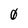
Character: 0